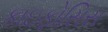
કાઇફોસિસ